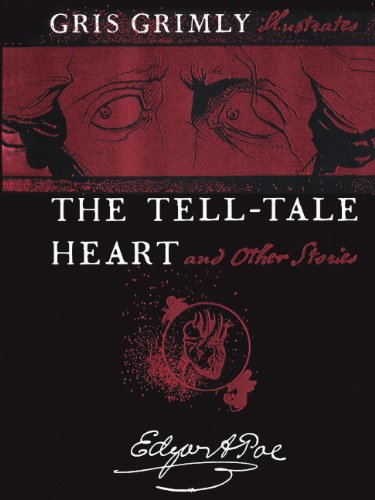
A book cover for The Tell-Tale Heart And Other Stories (Turtleback School & Library Binding Edition); Edgar Allan Poe; Teen & Young Adult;